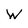
Character: W